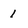
Character: 1